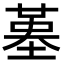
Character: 𡎸